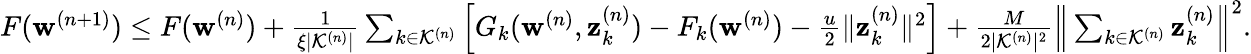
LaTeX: \begin{array}{r}{F(\mathbf{w}^{(n+1)})\leq F(\mathbf{w}^{(n)})+\frac{1}{\xi|\mathcal{K}^{(n)}|}\sum_{k\in\mathcal{K}^{(n)}}\Big[G_{k}(\mathbf{w}^{(n)},\mathbf{z}_{k}^{(n)})-F_{k}(\mathbf{w}^{(n)})-\frac{u}{2}\| \mathbf{z}_{k}^{(n)}\| ^{2}\Big]+\frac{M}{2|\mathcal{K}^{(n)}|^{2}}\Big\| \sum_{k\in\mathcal{K}^{(n)}}\mathbf{z}_{k}^{(n)}\Big\| ^{2}.}\end{array}